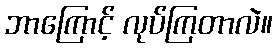
ဘာကြောင့် လုပ်ကြတာလဲ။